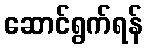
ဆောင်ရွက်ရန်